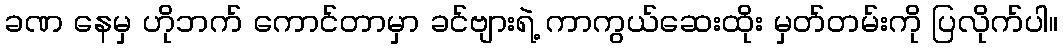
ခဏ နေမှ ဟိုဘက် ကောင်တာမှာ ခင်ဗျားရဲ့ ကာကွယ်ဆေးထိုး မှတ်တမ်းကို ပြလိုက်ပါ။